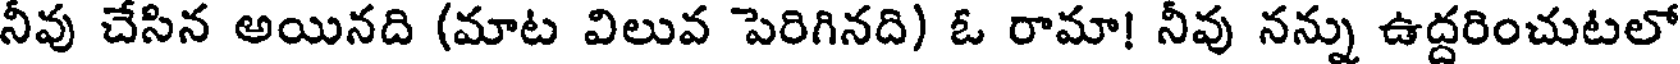
నీవు చేసిన అయినది (మాట విలువ పెరిగినది) ఓ రామా! నీవు నన్ను ఉద్దరించుటలో